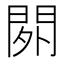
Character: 𨳿